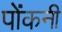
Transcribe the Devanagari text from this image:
पोंकनी